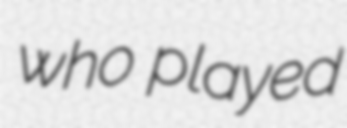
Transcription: who played